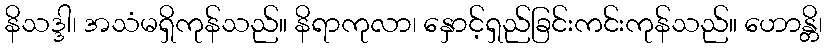
နိသဒ္ဒါ၊ အသံမရှိကုန်သည်။ နိရာကုလာ၊ နှောင့်ရှည်ခြင်းကင်းကုန်သည်။ ဟောန္တိ၊